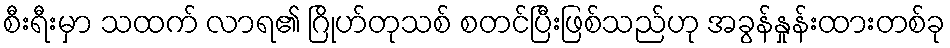
စီးရီးမှာ သထက် လာရ၏ ဂြိုဟ်တုသစ် စတင်ပြီးဖြစ်သည်ဟု အခွန်နှုန်းထားတစ်ခု